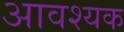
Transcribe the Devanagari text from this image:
अावश्यक